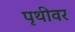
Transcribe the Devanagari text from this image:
पृथीवर